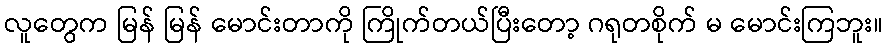
လူတွေက မြန် မြန် မောင်းတာကို ကြိုက်တယ်ပြီးတော့ ဂရုတစိုက် မ မောင်းကြဘူး။